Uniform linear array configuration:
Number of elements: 12
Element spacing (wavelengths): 0.5
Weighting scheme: cosine
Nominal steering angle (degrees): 0
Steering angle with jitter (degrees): -1.822
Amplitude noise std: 0.05
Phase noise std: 0.05

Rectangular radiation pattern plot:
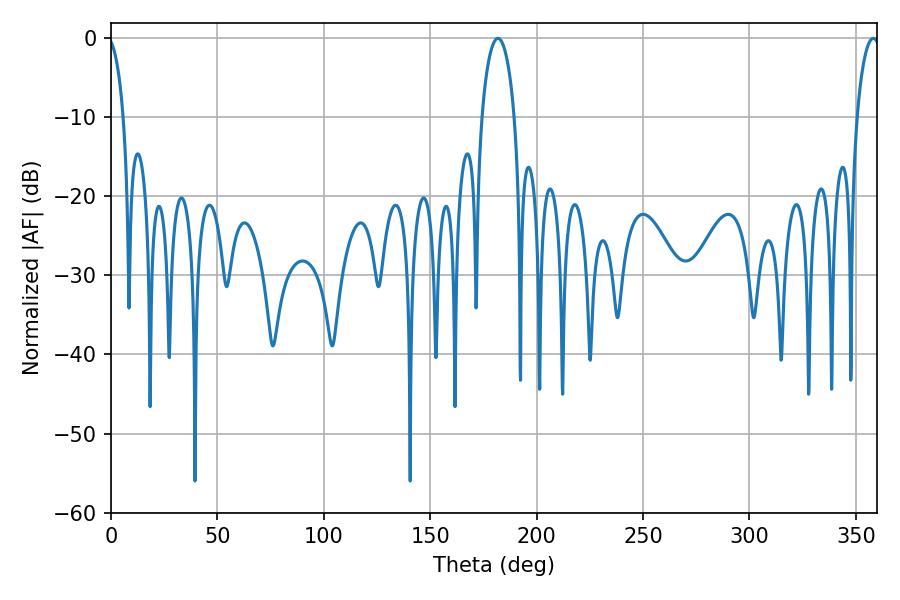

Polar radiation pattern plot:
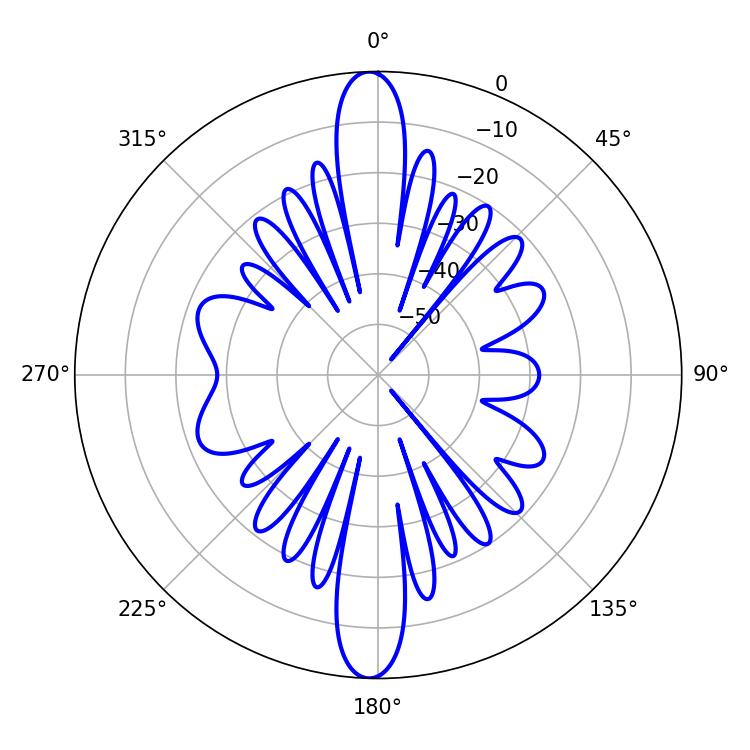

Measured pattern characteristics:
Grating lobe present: FALSE
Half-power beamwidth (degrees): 8.64
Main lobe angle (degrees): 181.8